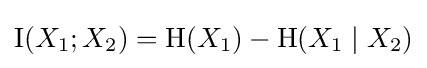
\operatorname {I} (X_{1};X_{2})=\mathrm {H} (X_{1})-\mathrm {H} (X_{1}\mid X_{2})